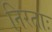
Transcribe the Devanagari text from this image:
निरताः